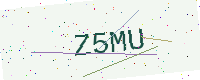
Text: Z5MU